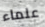
علماء